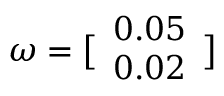
\displaystyle \boldsymbol { \omega } = \bigl [ \begin{array} { l } { 0 . 0 5 } \\ { 0 . 0 2 } \end{array} \bigr ]